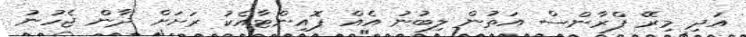
އަދި މިރޭ ފްރާންސް އަތުން ލިބުނު އެއް ޕޮއިންޓާއެކު ރަށަށް ދާން ޖެހުނު